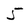
Character: 5